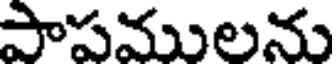
పాపములను